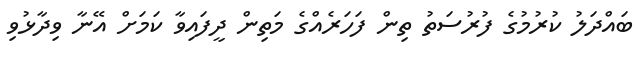
ބައްދަލު ކުރުމުގެ ފުރުސަތު ތިން ފަހަރެއްގެ މަތިން ދީފައިވާ ކަމަށް އޭނާ ވިދާޅުވި